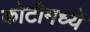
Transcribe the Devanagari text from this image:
कोटीमध्ये